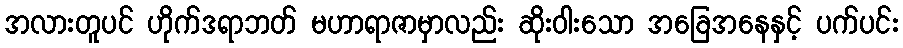
အလားတူပင် ဟိုက်ဒရာဘတ် မဟာရာဇာမှာလည်း ဆိုးဝါးသော အခြေအနေနှင့် ပက်ပင်း